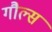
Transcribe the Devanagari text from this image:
गौल्स